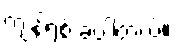
ကျန်ရစ် ခဲ့ပါတယ်။